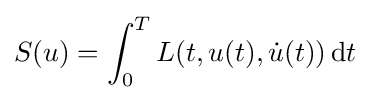
S(u)=\int _{0}^{T}L(t,u(t),{\dot {u}}(t))\,\mathrm {d} t